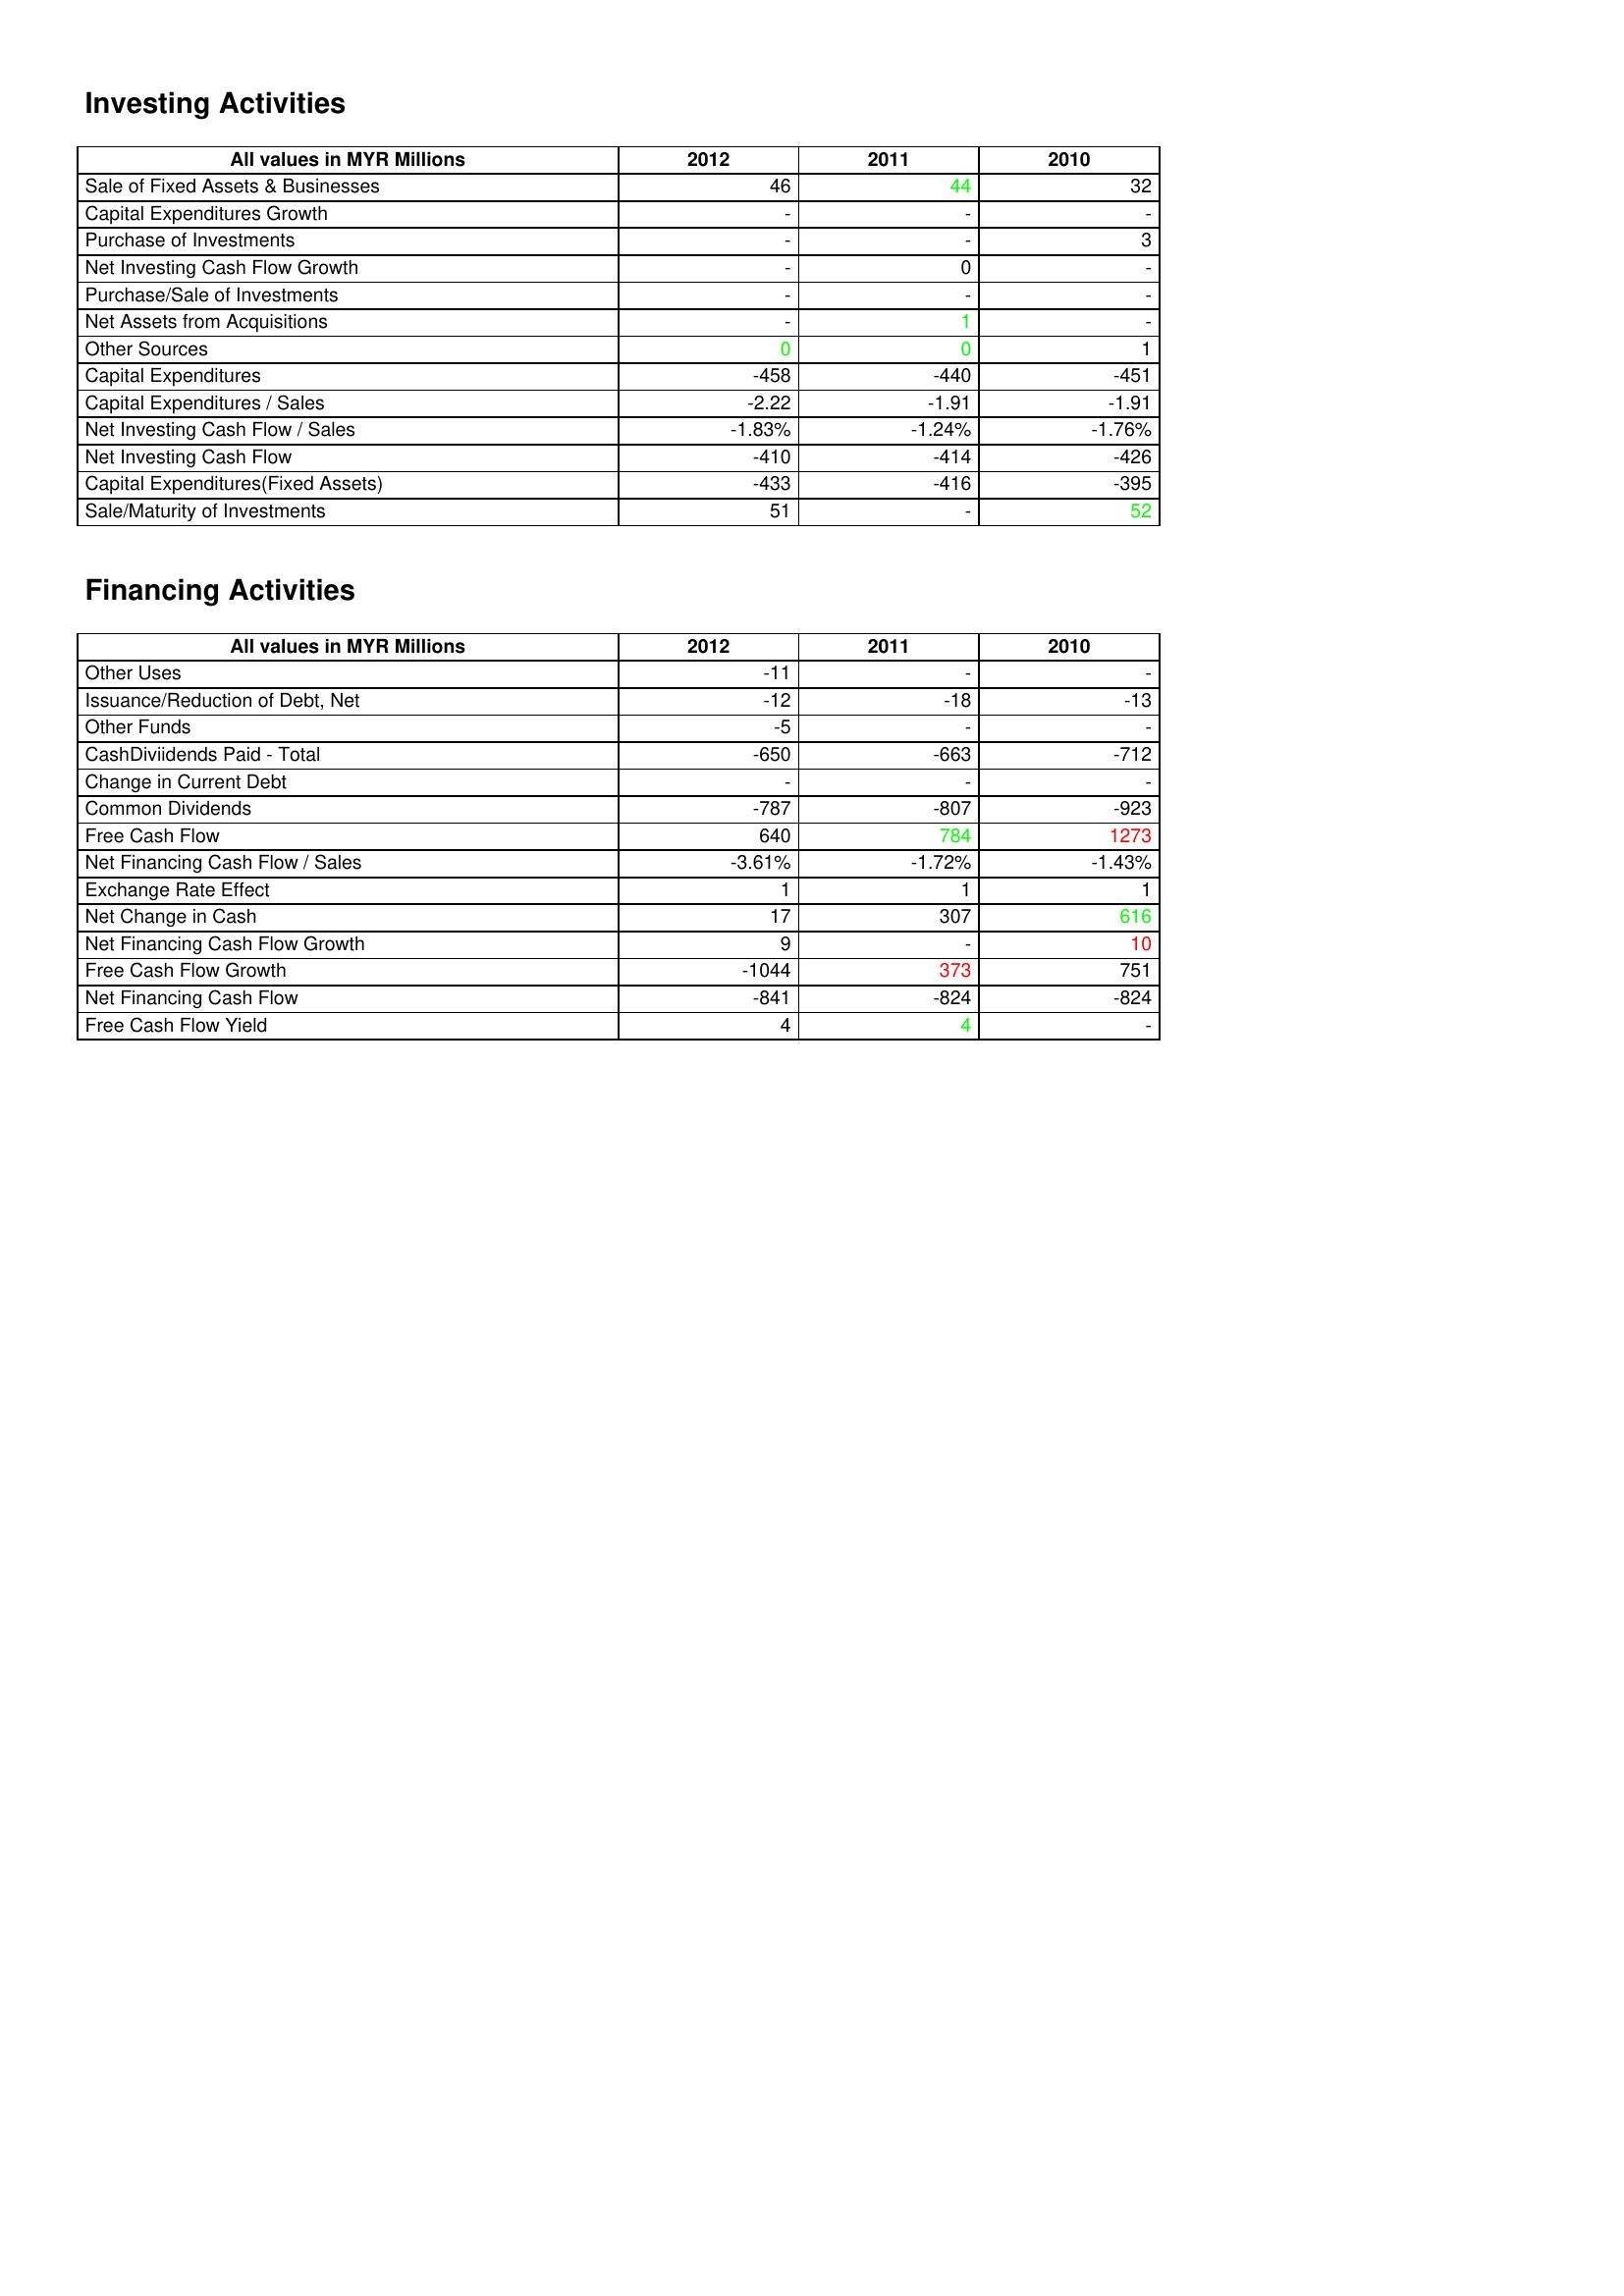
gt_parse: 2012: Investing Activities: Sale of Fixed Assets & Businesses: 46
Capital Expenditures Growth: -
Purchase of Investments: -
Net Investing Cash Flow Growth: -
Purchase/Sale of Investments: -
Net Assets from Acquisitions: -
Other Sources: 0
Capital Expenditures: -458
Capital Expenditures / Sales: -2.22
Net Investing Cash Flow / Sales: -1.83%
Net Investing Cash Flow: -410
Capital Expenditures(Fixed Assets): -433
Sale/Maturity of Investments: 51
Financing Activities: Other Uses: -11
Issuance/Reduction of Debt, Net: -12
Other Funds: -5
CashDiviidends Paid - Total: -650
Change in Current Debt: -
Common Dividends: -787
Free Cash Flow: 640
Net Financing Cash Flow / Sales: -3.61%
Exchange Rate Effect: 1
Net Change in Cash: 17
Net Financing Cash Flow Growth: 9
Free Cash Flow Growth: -1044
Net Financing Cash Flow: -841
Free Cash Flow Yield: 4
2011: Investing Activities: Sale of Fixed Assets & Businesses: 44
Capital Expenditures Growth: -
Purchase of Investments: -
Net Investing Cash Flow Growth: 0
Purchase/Sale of Investments: -
Net Assets from Acquisitions: 1
Other Sources: 0
Capital Expenditures: -440
Capital Expenditures / Sales: -1.91
Net Investing Cash Flow / Sales: -1.24%
Net Investing Cash Flow: -414
Capital Expenditures(Fixed Assets): -416
Sale/Maturity of Investments: -
Financing Activities: Other Uses: -
Issuance/Reduction of Debt, Net: -18
Other Funds: -
CashDiviidends Paid - Total: -663
Change in Current Debt: -
Common Dividends: -807
Free Cash Flow: 784
Net Financing Cash Flow / Sales: -1.72%
Exchange Rate Effect: 1
Net Change in Cash: 307
Net Financing Cash Flow Growth: -
Free Cash Flow Growth: 373
Net Financing Cash Flow: -824
Free Cash Flow Yield: 4
2010: Investing Activities: Sale of Fixed Assets & Businesses: 32
Capital Expenditures Growth: -
Purchase of Investments: 3
Net Investing Cash Flow Growth: -
Purchase/Sale of Investments: -
Net Assets from Acquisitions: -
Other Sources: 1
Capital Expenditures: -451
Capital Expenditures / Sales: -1.91
Net Investing Cash Flow / Sales: -1.76%
Net Investing Cash Flow: -426
Capital Expenditures(Fixed Assets): -395
Sale/Maturity of Investments: 52
Financing Activities: Other Uses: -
Issuance/Reduction of Debt, Net: -13
Other Funds: -
CashDiviidends Paid - Total: -712
Change in Current Debt: -
Common Dividends: -923
Free Cash Flow: 1273
Net Financing Cash Flow / Sales: -1.43%
Exchange Rate Effect: 1
Net Change in Cash: 616
Net Financing Cash Flow Growth: 10
Free Cash Flow Growth: 751
Net Financing Cash Flow: -824
Free Cash Flow Yield: -